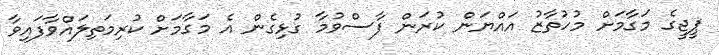
ޕީޖީގެ މަގާމަށް މުހުތާޒު އައްޔަން ކުރަން ފާސްވުމާ ގުޅިގެން އެ މަގާމަށް ކުރިމަތިލައްވާފައިވާ